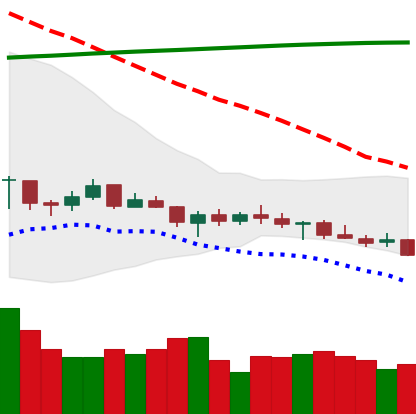
Ticker: XRP-USD
Chart end date: 2021-07-19
Forward return: 9.375%
Label: up_7plus